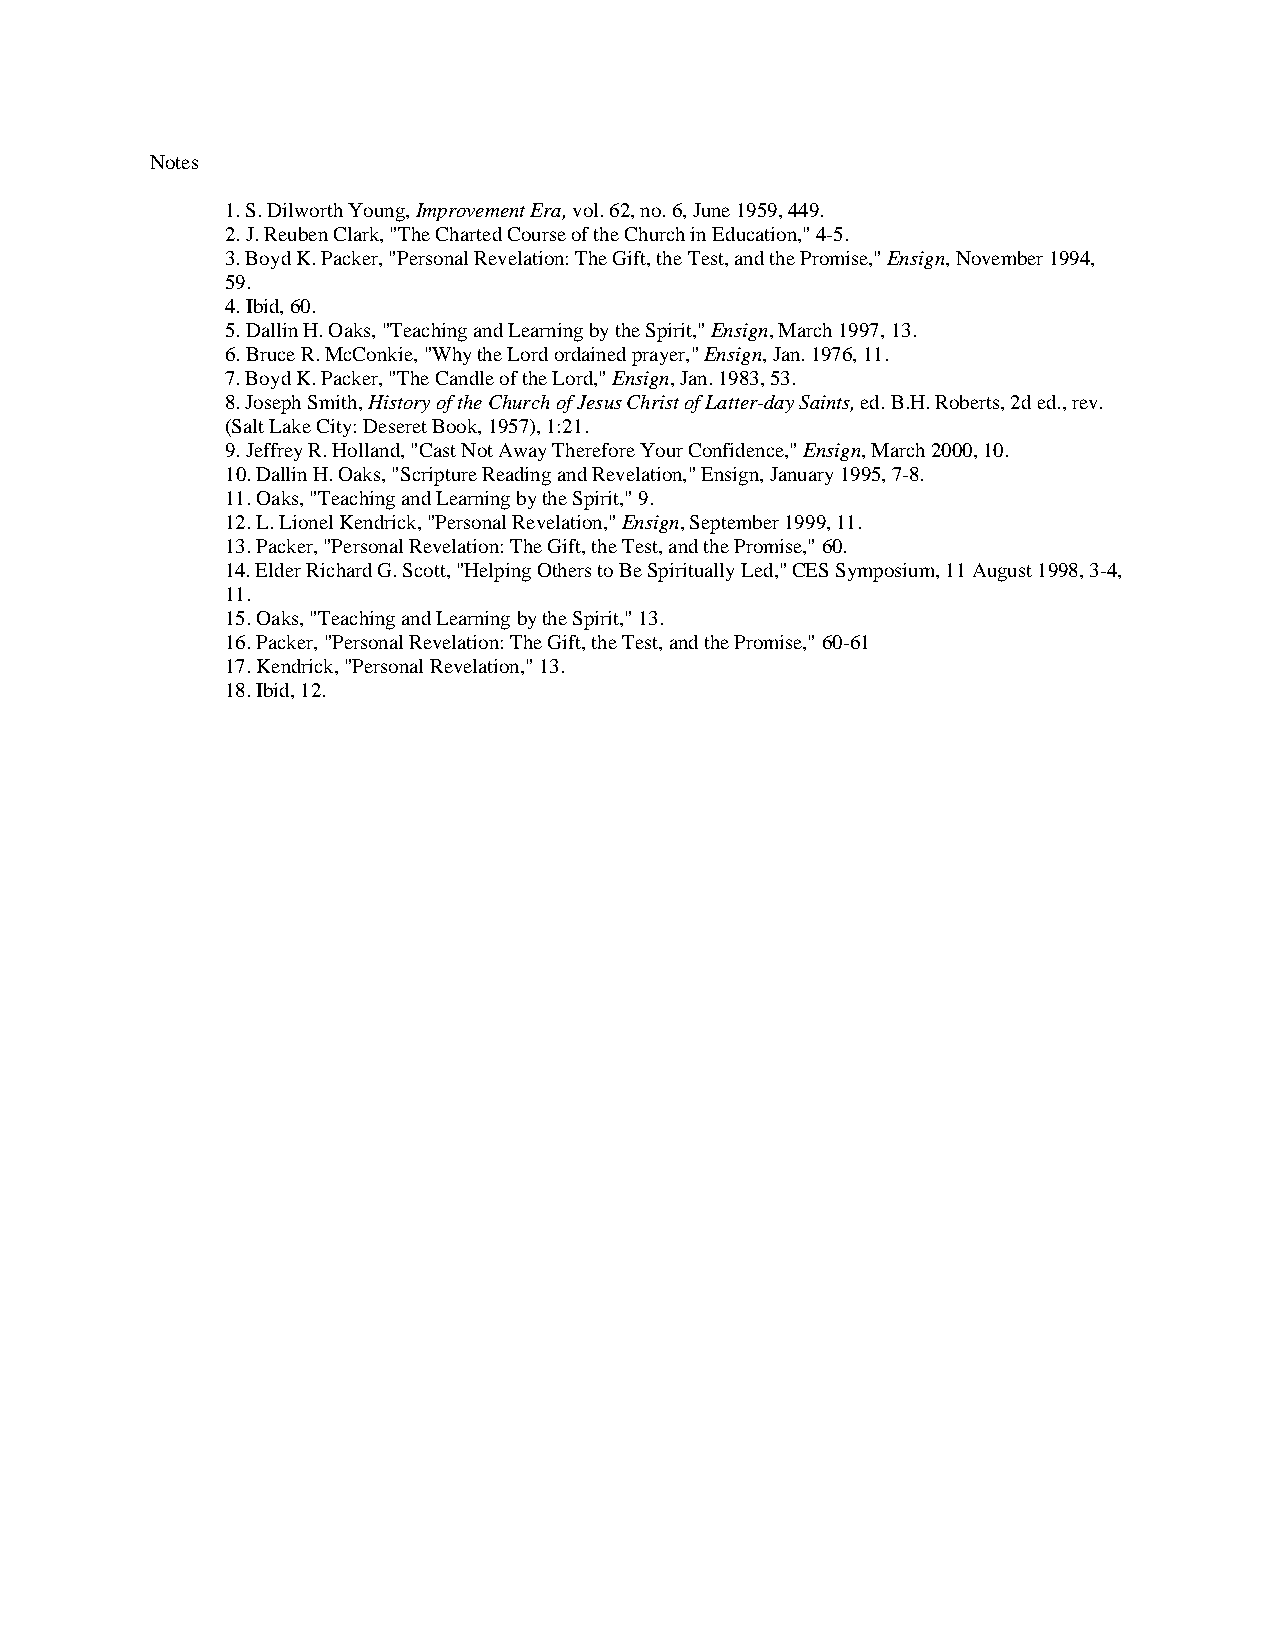
Notes
 1. S. Dilworth Young, Improvement Era, vol. 62, no. 6, June 1959, 449.
 2. J. Reuben Clark, "The Charted Course of the Church in Education," 4-5.
 3. Boyd K. Packer, "Personal Revelation: The Gift, the Test, and the Promise," Ensign, November 1994,
 59.
 4. Ibid, 60.
 5. Dallin H. Oaks, "Teaching and Learning by the Spirit," Ensign, March 1997, 13.
 6. Bruce R. McConkie, "Why the Lord ordained prayer," Ensign, Jan. 1976, 11.
 7. Boyd K. Packer, "The Candle of the Lord," Ensign, Jan. 1983, 53.
 8. Joseph Smith, History of the Church of Jesus Christ of Latter-day Saints, ed. B.H. Roberts, 2d ed., rev.
 (Salt Lake City: Deseret Book, 1957), 1:21.
 9. Jeffrey R. Holland, "Cast Not Away Therefore Your Confidence," Ensign, March 2000, 10.
 10. Dallin H. Oaks, "Scripture Reading and Revelation," Ensign, January 1995, 7-8.
 11. Oaks, "Teaching and Learning by the Spirit," 9.
 12. L. Lionel Kendrick, "Personal Revelation," Ensign, September 1999, 11.
 13. Packer, "Personal Revelation: The Gift, the Test, and the Promise," 60.
 14. Elder Richard G. Scott, "Helping Others to Be Spiritually Led," CES Symposium, 11 August 1998, 3-4,
 11.
 15. Oaks, "Teaching and Learning by the Spirit," 13.
 16. Packer, "Personal Revelation: The Gift, the Test, and the Promise," 60-61
 17. Kendrick, "Personal Revelation," 13.
 18. Ibid, 12.